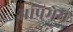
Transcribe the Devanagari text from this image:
अप्रिमेय